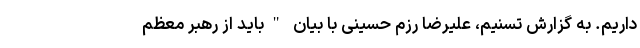
داریم. به گزارش تسنیم، علیرضا رزم حسینی با بیان "باید از رهبر معظم